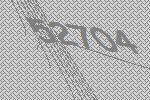
52704